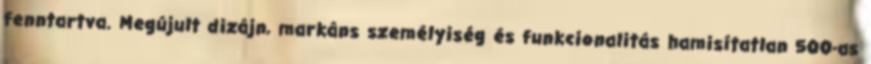
fenntartva. Megújult dizájn, markáns személyiség és funkcionalitás hamisítatlan 500-as